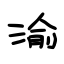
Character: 渝